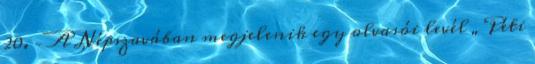
20. – A Népszavában megjelenik egy olvasói levél „Péti